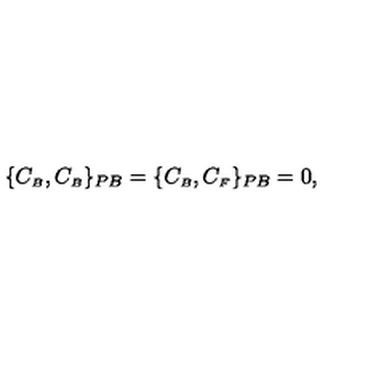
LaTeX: \{ C _ { \scriptscriptstyle B } , C _ { \scriptscriptstyle B } \} _ { P B } = \{ C _ { \scriptscriptstyle B } , C _ { \scriptscriptstyle F } \} _ { P B } = 0 ,